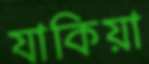
যাকিয়া